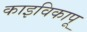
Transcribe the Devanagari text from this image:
काइविकापू